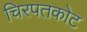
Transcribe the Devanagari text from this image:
चिरपतकोट